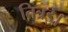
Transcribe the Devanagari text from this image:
तित्रई।